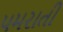
પમરાતી